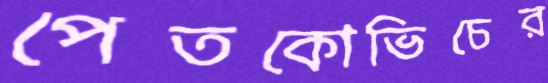
পেতকোভিচের